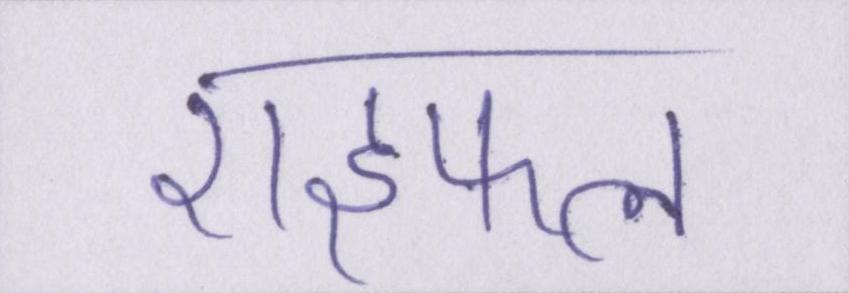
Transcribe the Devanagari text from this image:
राइफल